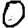
Digit: 0